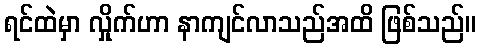
ရင်ထဲမှာ လှိုက်ဟာ နာကျင်လာသည်အထိ ဖြစ်သည်။